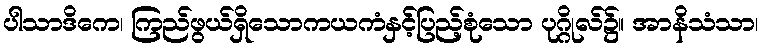
ပါသာဒိကေ၊ ကြည်ဖွယ်ရှိသောကယကံနှင့်ပြည့်စုံသော ပုဂ္ဂိုလ်၌။ အာနိသံသာ၊